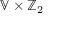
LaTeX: \mathbb { V } \times \mathbb { Z } _ { 2 }